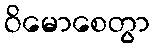
ဝိမောစေတွာ